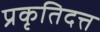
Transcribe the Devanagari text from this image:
प्रकृतिदत्त